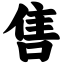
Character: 售